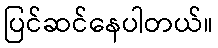
ပြင်ဆင်နေပါတယ်။